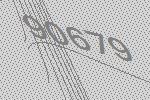
90679